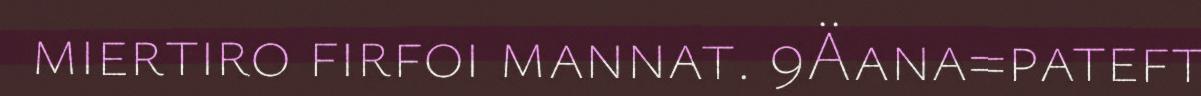
miertiro firfoi mannat. 9Äana=pateft